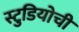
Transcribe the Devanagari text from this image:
स्टुडियोची